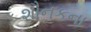
શૌનકના